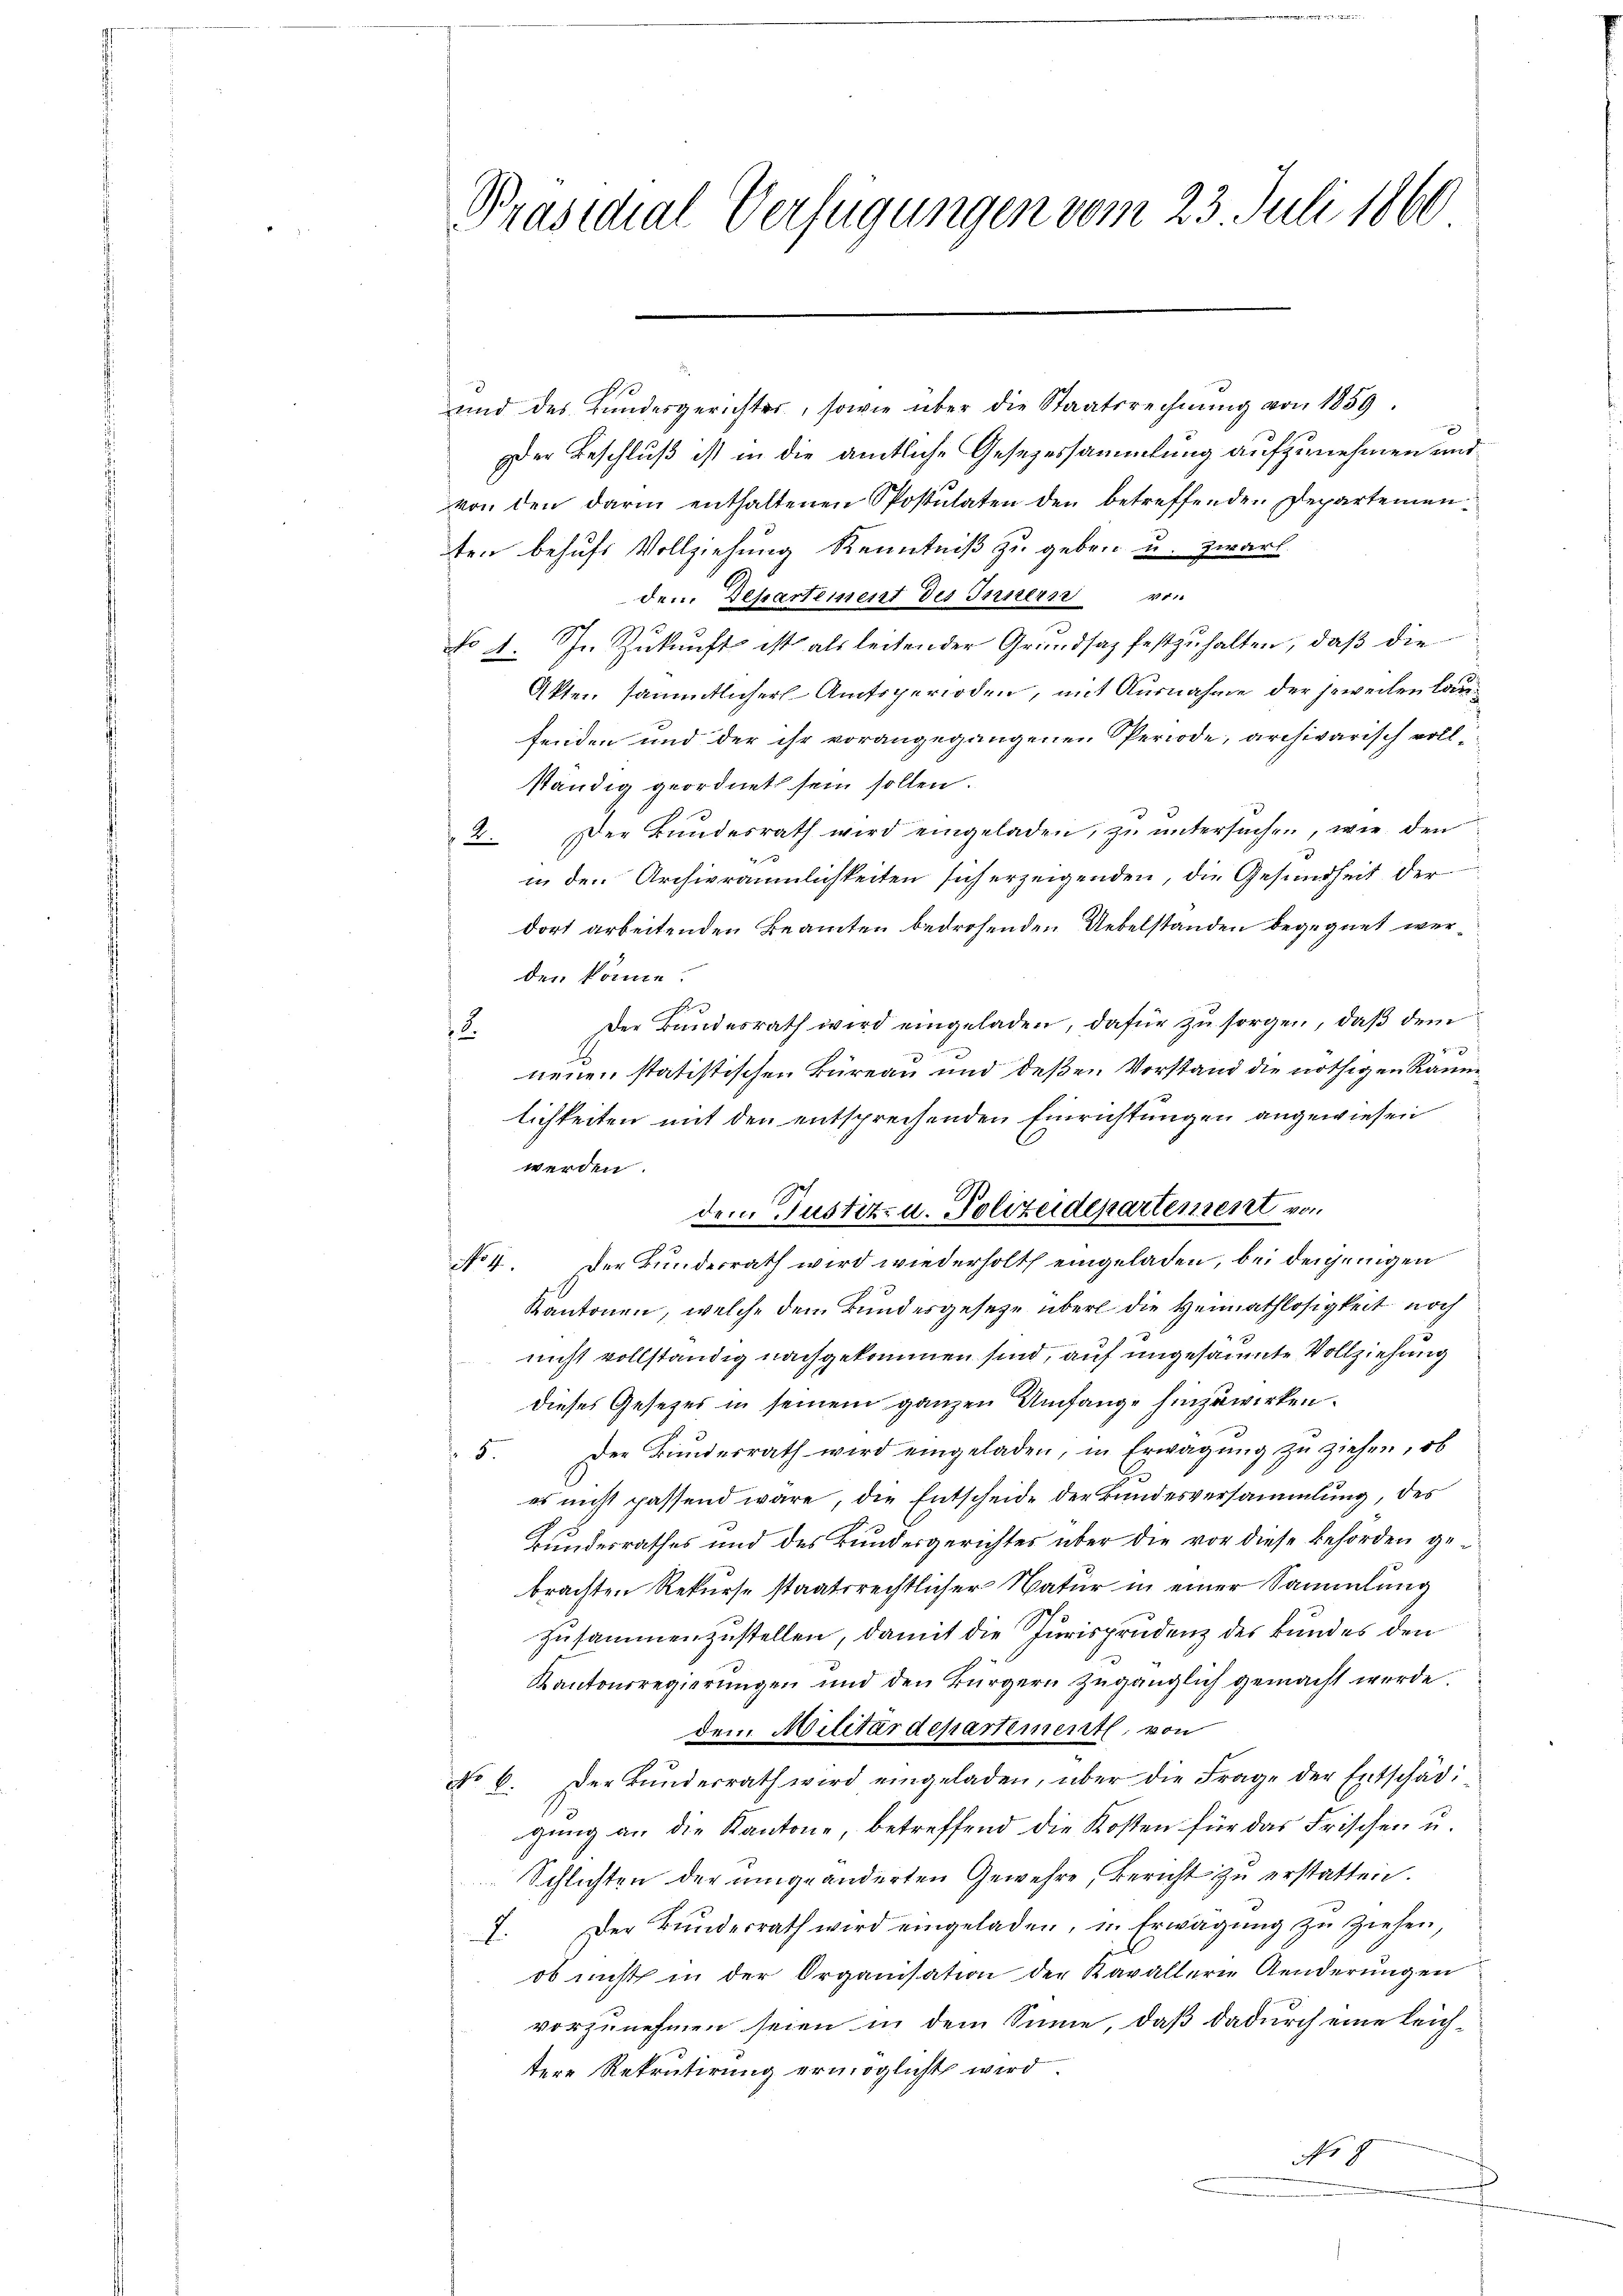
Präsidial-Verfügungen vom 23. Juli 1860

und des Bŭndesgerichter, sowie über die Staatsrechnŭng von 1859.
der Beschluß ist in die amtliche Gesezessammlung aufzunehmen und
von den darin enthaltenen Postulaten den betreffenden Departementen behufs Vollziehung Kenntniß zu geben u. zwar
dem Departement des Innern von
No 4. In Zukunft ist als leitender Grundsaz festzuhalten, daß die
Akten sämmtlicher Amtsperioden, mit Ausnahme der jeweilen laufenden und der ihr vorangegangenen Periode, archivarisch voll-
ständig geordnet sein sollen.
2. Der Bundesrath wird eingeladen, zu untersuchen, wie den
4
in den Archivräumlichkeiten sich erzeigenden, die Gesundheit der
dort arbeitenden Beamten bedrohenden Uebelstanden begegnet werden könne.
2
Der Bundesrath wird eingeladen, dafür zu sorgen, daß dem
2
2
neuen statistischen Büreau und deßen Vorstand die nöthigen Räum
lichkeiten mit den entsprechenden Einrichtungen angewiesen
werden.
No 4. Der Bundesrath wird wiederholt eingeladen, bei derjenigen
Kantonen, welche dem Bundesgesetze über die Heimathlosigkeit noch
nicht vollständig nachgekommen sind, auf ungesäumte Vollziehung
dieses Gesetzes in seinem ganzen Umfange hinzuwirken.
5. Der Bundesrath wird eingeladen, in Erwägŭng zŭ ziehen, ob
es nicht passend wäre, die Entscheide der Bundesversammlung, des
Bundesrathes und des Bundesgerichtes über die vor diese Behörden ge
brachten Rekurse staatsrechtlicher Natur in einer Sammlung
zusammenzustellen, damit die Jurisprudenz des kundes den
Kantonsregierŭngen und den Bürgern zugänglich gemacht werde.
dem Militärdepartement, von
No 6. Der Bŭndesrath wird eingeladen, über die Frage der Entschädi
gung an die Kantone, betreffend die Kosten für das Frischen u.
Schlichten der umgeänderten Gewehre, Bericht zu erstatten.
2. Der Bŭndesrath wird eingeladen, in Erwägŭng zŭ ziehen,
ob nicht in der Organisation der Kavallerie Aenderŭngen
vorzunehmen seien in dem Sinne, daß dadurch eine leichtere Rekrutirung ermöglicht wird.
No 9

1

den Justiz- u. Polizeidepartement von